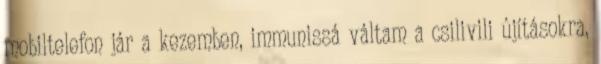
mobiltelefon jár a kezemben, immunissá váltam a csilivili újításokra,